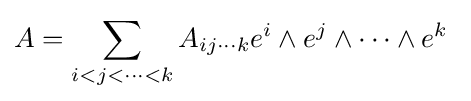
A=\sum _{i<j<\cdots <k}A_{ij\cdots k}e^{i}\wedge e^{j}\wedge \cdots \wedge e^{k}\